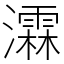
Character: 瀮